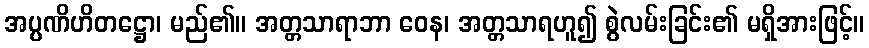
အပ္ပဏိဟိတဋ္ဌော၊ မည်၏။ အတ္တသာရာဘာ ဝေန၊ အတ္တသာရဟူ၍ စွဲလမ်းခြင်း၏ မရှိအားဖြင့်။